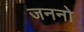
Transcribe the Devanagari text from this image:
जननो